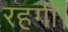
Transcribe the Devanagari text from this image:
रहगीं।